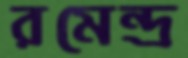
রমেন্দ্র